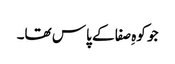
جو کوہِ صفا کے پاس تھا۔